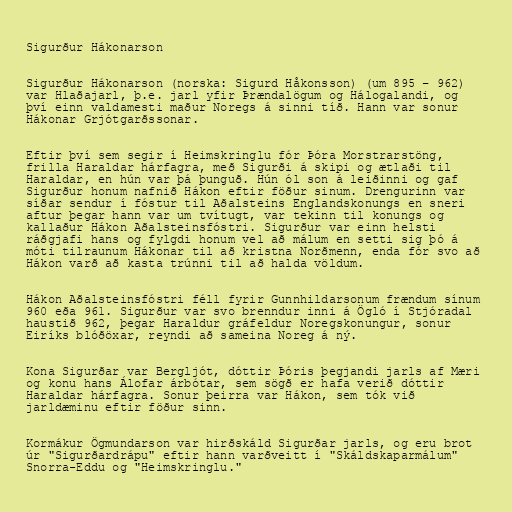
Sigurður Hákonarson

Sigurður Hákonarson (norska: Sigurd Håkonsson) (um 895 – 962)
var Hlaðajarl, þ.e. jarl yfir Þrændalögum og Hálogalandi, og
því einn valdamesti maður Noregs á sinni tíð. Hann var sonur
Hákonar Grjótgarðssonar.

Eftir því sem segir í Heimskringlu fór Þóra Morstrarstöng,
frilla Haraldar hárfagra, með Sigurði á skipi og ætlaði til
Haraldar, en hún var þá þunguð. Hún ól son á leiðinni og gaf
Sigurður honum nafnið Hákon eftir föður sinum. Drengurinn var
síðar sendur í fóstur til Aðalsteins Englandskonungs en sneri
aftur þegar hann var um tvítugt, var tekinn til konungs og
kallaður Hákon Aðalsteinsfóstri. Sigurður var einn helsti
ráðgjafi hans og fylgdi honum vel að málum en setti sig þó á
móti tilraunum Hákonar til að kristna Norðmenn, enda fór svo að
Hákon varð að kasta trúnni til að halda völdum.

Hákon Aðalsteinsfóstri féll fyrir Gunnhildarsonum frændum sínum
960 eða 961. Sigurður var svo brenndur inni á Ögló í Stjóradal
haustið 962, þegar Haraldur gráfeldur Noregskonungur, sonur
Eiríks blóðöxar, reyndi að sameina Noreg á ný.

Kona Sigurðar var Bergljót, dóttir Þóris þegjandi jarls af Mæri
og konu hans Álofar árbótar, sem sögð er hafa verið dóttir
Haraldar hárfagra. Sonur þeirra var Hákon, sem tók við
jarldæminu eftir föður sinn.

Kormákur Ögmundarson var hirðskáld Sigurðar jarls, og eru brot
úr "Sigurðardrápu" eftir hann varðveitt í "Skáldskaparmálum"
Snorra-Eddu og "Heimskringlu."